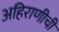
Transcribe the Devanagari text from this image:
अहिराणीची